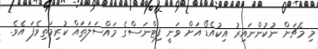
މި މެޗަށް ނުކުންނައިރު އިކުއެޑޯ އަށް ވަނީ ފިޓްނަސްގެ މައްސަލަތައް ކުރިމަތިވެފަ އެވެ.